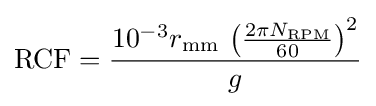
{\text{RCF}}={\frac {10^{-3}r_{\text{mm}}\,\left({\frac {2\pi N_{\text{RPM}}}{60}}\right)^{2}}{g}}